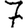
Digit: 7